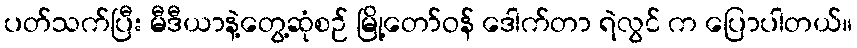
ပတ်သက်ပြီး မီဒီယာနဲ့တွေ့ဆုံစဉ် မြို့တော်ဝန် ဒေါက်တာ ရဲလွင် က ပြောပါတယ်။